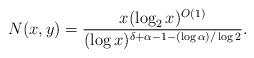
LaTeX: \begin{align*} N(x,y) = \frac{x(\log_2 x)^{O(1)}}{(\log x)^{\delta+\alpha-1-(\log \alpha)/\log 2}}.\end{align*}